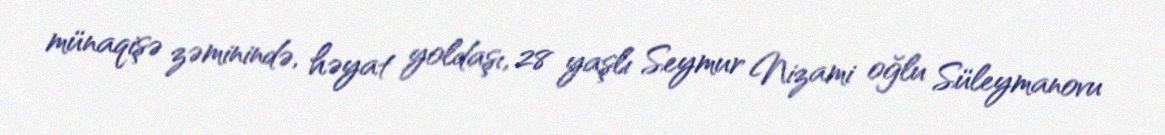
münaqişə zəminində, həyat yoldaşı, 28 yaşlı Seymur Nizami oğlu Süleymanovu